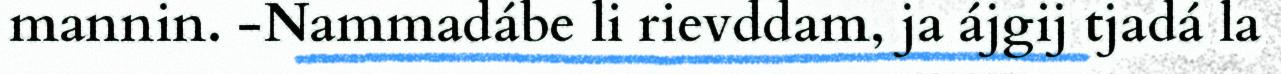
mannin. -Nammadábe li rievddam, ja ájgij tjadá la